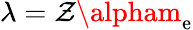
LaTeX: \lambda=\mathcal{Z}\alpham_{\mathrm{{e}}}